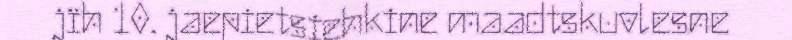
jïh 10. jaepietsiehkine maadtskuvlesne